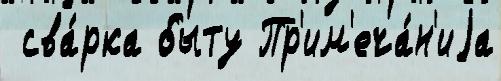
 сва́рка быту Пр'им'еча́н'иjа